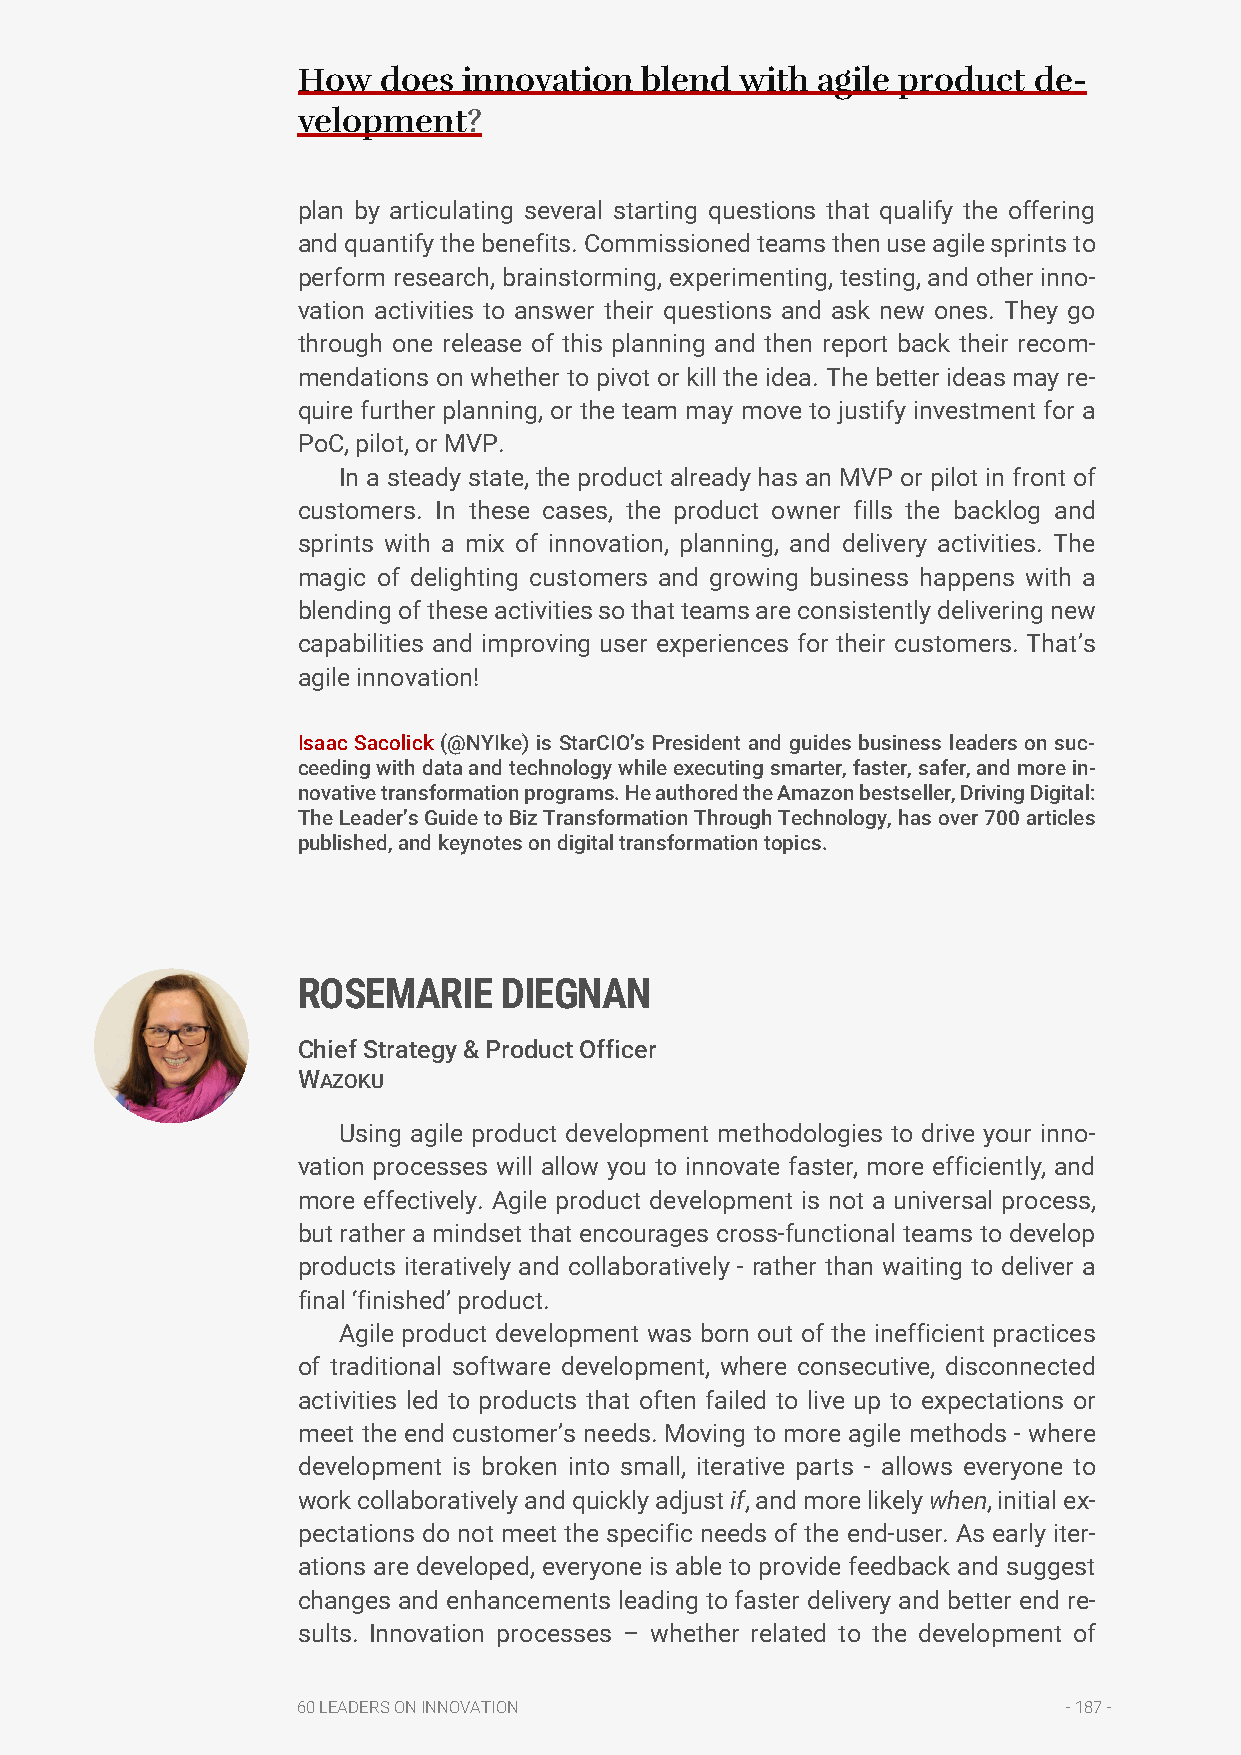
How  does  innovation blend  with agile product de-
 velopment?
 plan by articulating several starting questions that qualify the offering
 and quantify the benefits. Commissioned teams then use agile sprints to
 perform research, brainstorming, experimenting, testing, and other inno-
 vation activities to answer their questions and ask new ones. They go
 through one release of this planning and then report back their recom-
 mendations on whether to pivot or kill the idea. The better ideas may re-
 quire further planning, or the team may move to justify investment for a
 PoC, pilot, or MVP.
 In a steady state, the product already has an MVP or pilot in front of
 customers. In these cases, the product owner fills the backlog and
 sprints with a mix of innovation, planning, and delivery activities. The
 magic of delighting customers and growing business happens with a
 blending of these activities so that teams are consistently delivering new
 capabilities and improving user experiences for their customers. That’s
 agile innovation!
 Isaac Sacolick (@NYIke) is StarCIO’s President and guides business leaders on suc-
 ceeding with data and technology while executing smarter, faster, safer, and more in-
 novative transformation programs. He authored the Amazon bestseller, Driving Digital:
 The Leader’s Guide to Biz Transformation Through Technology, has over 700 articles
 published, and keynotes on digital transformation topics.
 ROSEMARIE    DIEGNAN
 Chief Strategy & Product Officer
 WAZOKU
 Using agile product development methodologies to drive your inno-
 vation processes will allow you to innovate faster, more efficiently, and
 more effectively. Agile product development is not a universal process,
 but rather a mindset that encourages cross-functional teams to develop
 products iteratively and collaboratively - rather than waiting to deliver a
 final ‘finished’ product.
 Agile product development was born out of the inefficient practices
 of traditional software development, where consecutive, disconnected
 activities led to products that often failed to live up to expectations or
 meet the end customer’s needs. Moving to more agile methods - where
 development is broken into small, iterative parts - allows everyone to
 work collaboratively and quickly adjust if, and more likely when, initial ex-
 pectations do not meet the specific needs of the end-user. As early iter-
 ations are developed, everyone is able to provide feedback and suggest
 changes and enhancements leading to faster delivery and better end re-
 sults. Innovation processes – whether related to the development of
 60 LEADERS ON INNOVATION                           - 187 -